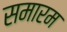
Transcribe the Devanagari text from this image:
समारम